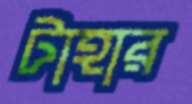
টাহার